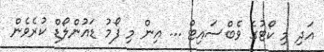
އަދި މި ކޯޓުގެ ވެބްސައިޓް ... އިން މި ފޯމު ޑައުންލޯޑް ކުރެވެން